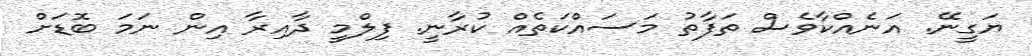
ޔަގީނޭ. އަނެއްކާވެސް ތަފާތު މަސައްކަތެއް ކުރާނީ. ފިލްމީ ދާއިރާ އިން ނަމަ ބޮޑަށް